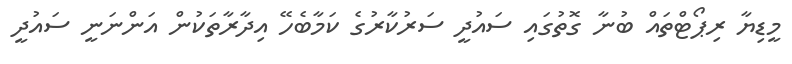
މީޑިޔާ ރިޕޯޓްތައް ބުނާ ގޮތުގައި ސައުދީ ސަރުކާރުގެ ކަމާބެހޭ އިދާރާތަކުން އަންނަނީ ސައުދީ